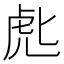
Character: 𰲘